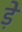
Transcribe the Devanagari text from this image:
ड़े